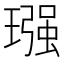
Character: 𮴵